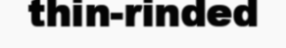
thin-rinded